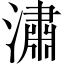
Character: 潚